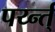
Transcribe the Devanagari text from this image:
पर्य्न्त्